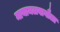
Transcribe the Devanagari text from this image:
मायामलवागौला